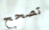
تصحح